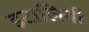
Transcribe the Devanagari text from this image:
इटालिवी